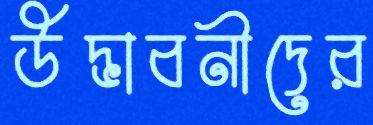
উদ্ভাবনীদের